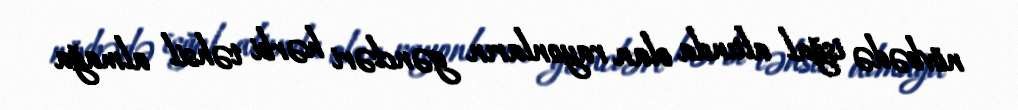
növbədə işğal altında olan rayonların gəncləri hərbi təhsil almağa